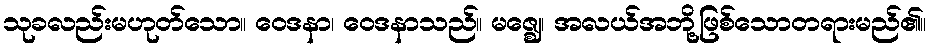
သုခလည်းမဟုတ်သော။ ဝေဒနာ၊ ဝေဒနာသည်။ မဇ္ဈေ၊ အလယ်အဘို့ဖြစ်သောတရားမည်၏။